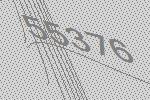
55376